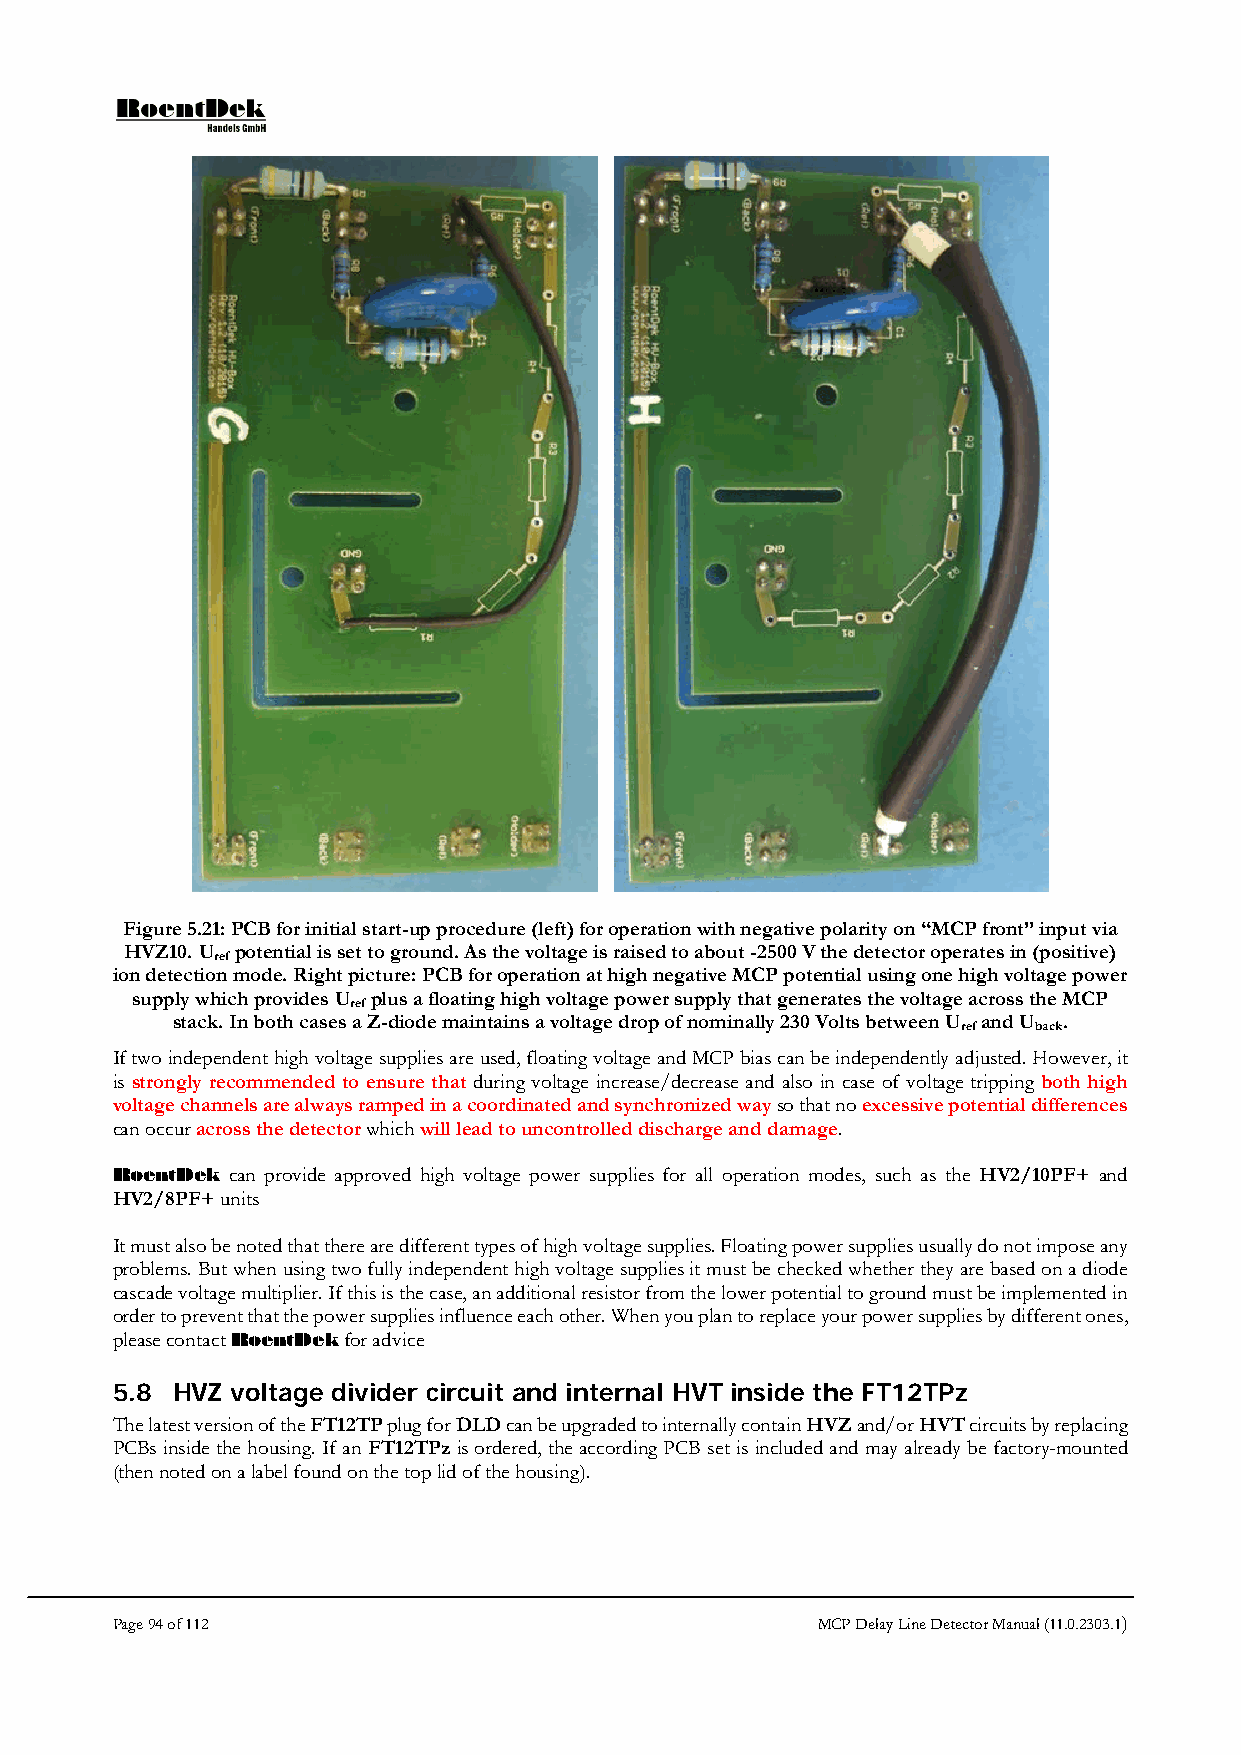
Figure 5.21: PCB for initial start-up procedure (left) for operation with negative polarity on “MCP front” input via
 HVZ10. U potential is set to ground. As the voltage is raised to about -2500 V the detector operates in (positive)
 ref
 ion detection mode. Right picture: PCB for operation at high negative MCP potential using one high voltage power
 supply which provides U plus a floating high voltage power supply that generates the voltage across the MCP
 ref
 stack. In both cases a Z-diode maintains a voltage drop of nominally 230 Volts between U and U .
 ref back
 If two independent high voltage supplies are used, floating voltage and MCP bias can be independently adjusted. However, it
 is strongly recommended to ensure that during voltage increase/decrease and also in case of voltage tripping both high
 voltage channels are always ramped in a coordinated and synchronized way so that no excessive potential differences
 can occur across the detector which will lead to uncontrolled discharge and damage.
 RoentDek can provide approved high voltage power supplies for all operation modes, such as the HV2/10PF+ and
 HV2/8PF+ units
 It must also be noted that there are different types of high voltage supplies. Floating power supplies usually do not impose any
 problems. But when using two fully independent high voltage supplies it must be checked whether they are based on a diode
 cascade voltage multiplier. If this is the case, an additional resistor from the lower potential to ground must be implemented in
 order to prevent that the power supplies influence each other. When you plan to replace your power supplies by different ones,
 please contact RoentDek for advice
 5.8 HVZ voltage divider circuit and internal HVT inside the FT12TPz
 The latest version of the FT12TP plug for DLD can be upgraded to internally contain HVZ and/or HVT circuits by replacing
 PCBs inside the housing. If an FT12TPz is ordered, the according PCB set is included and may already be factory-mounted
 (then noted on a label found on the top lid of the housing).
 Page 94 of 112                                 MCP Delay Line Detector Manual (11.0.2303.1)